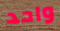
واحد